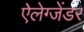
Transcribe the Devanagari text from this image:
ऐलेग्जेंडर